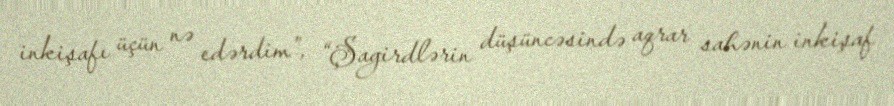
inkişafı üçün nə edərdim”, “Şagirdlərin düşüncəsində aqrar sahənin inkişaf